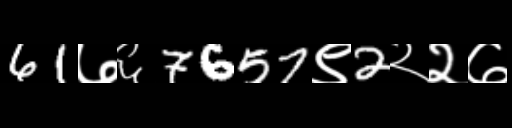
Text: 61७६7657९2२२७